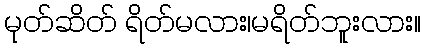
မုတ်ဆိတ် ရိတ်မလား၊မရိတ်ဘူးလား။